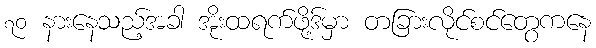
၇၀ နားနေသည့်အခါ အိုးထရက်ဖို့ဒ်မှာ တခြားလိုင်စင်တွေကနေ